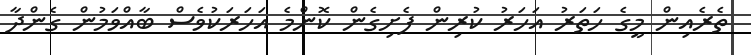
ތެރެއިން މީގެ ހަތަރު އަހަރު ކުރިން ފެށިގެން ކޮންމެ އަހަރަކުވެސް ބާއްވަމުން ގެންދާ